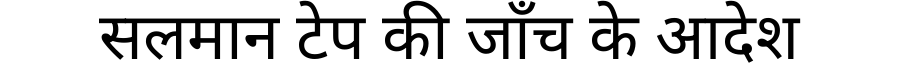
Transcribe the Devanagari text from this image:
सलमान टेप की जाँच के आदेश